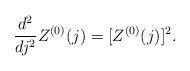
LaTeX: \begin{align*}\frac{d^2}{dj^2}Z^{(0)}(j)=[Z^{(0)}(j)]^2.\end{align*}